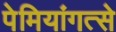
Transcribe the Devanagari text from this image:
पेमियांगत्से